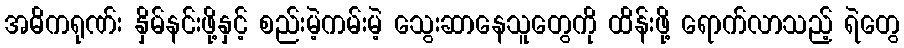
အဓိကရုဏ်း နှိမ်နင်းဖို့နှင့် စည်းမဲ့ကမ်းမဲ့ သွေးဆာနေသူတွေကို ထိန်းဖို့ ရောက်လာသည့် ရဲတွေ